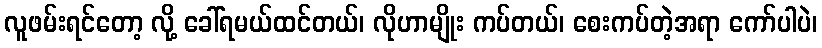
လူဖမ်းရင်တော့ လို့ ခေါ်ရမယ်ထင်တယ်၊ လိုဟာမျိုး ကပ်တယ်၊ စေးကပ်တဲ့အရာ ကော်ပါပဲ၊